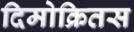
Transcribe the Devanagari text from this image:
दिमोक्रितस